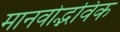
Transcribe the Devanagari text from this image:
मानवोद्भविक